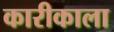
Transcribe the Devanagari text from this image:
कारीकाला